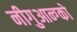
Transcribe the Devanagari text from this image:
नीगुआन्ग्को